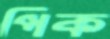
পিক